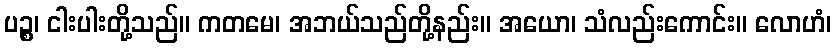
ပဉ္စ၊ ငါးပါးတို့သည်။ ကတမေ၊ အဘယ်သည်တို့နည်း။ အယော၊ သံလည်းကောင်း။ လောဟံ၊